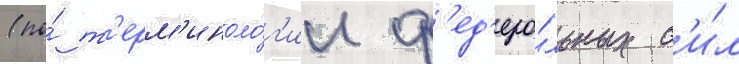
(по́ т'ерм'иноло́г'ии ф'ед'ера́льных с'и́л